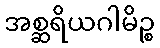
အစ္ဆရိယဂါမိဉ္စ